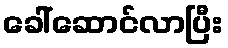
ခေါ်ဆောင်လာပြီး